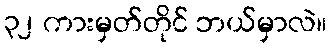
၃၂ ကားမှတ်တိုင် ဘယ်မှာလဲ။